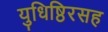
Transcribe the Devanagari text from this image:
युधिष्ठिरसह